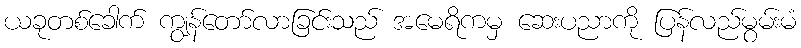
ယခုတစ်ခေါက် ကျွန်တော်လာခြင်းသည် အမေရိကမှ ဆေးပညာကို ပြန်လည်မွမ်းမံ